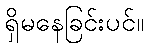
ရှိမနေခြင်းပင်။